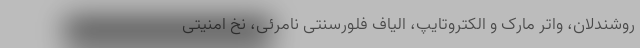
روشندلان، واتر مارک و الکتروتایپ، الیاف فلورسنتی نامرئی، نخ امنیتی